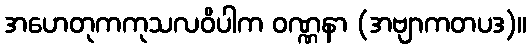
အဟေတုကကုသလဝိပါက ဝဏ္ဏနာ (အဗျာကတပဒ)။